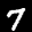
Label: 7